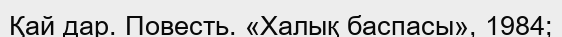
Қай дар. Повесть. «Халық баспасы», 1984;